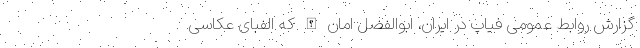
گزارش روابط عمومی فیاپ در ایران، ابوالفضل امان الله که الفبای عکاسی